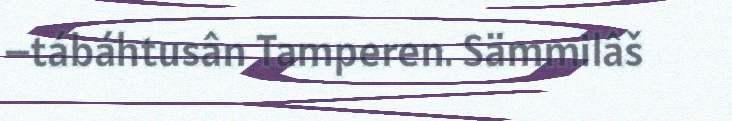
–tábáhtusân Tamperen. Sämmilâš